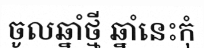
ចូលឆ្នាំថ្មី ឆ្នាំនេះកុំ